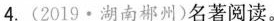
4.(2019▪湖南郴州)名著阅读。